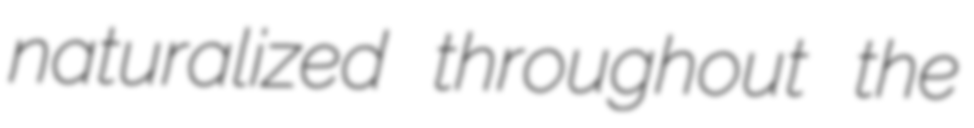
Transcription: naturalized throughout the